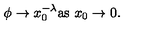
\phi \to x _ { 0 } ^ { - \lambda } { \textstyle \mathrm { a s \ } } x _ { 0 } \to 0 .